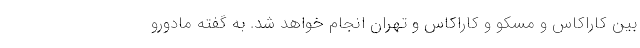
بین کاراکاس و مسکو و کاراکاس و تهران انجام خواهد شد. به گفته مادورو